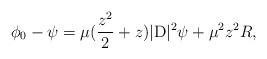
LaTeX: \begin{align*} \phi_0 - \psi = \mu (\frac{z^2}{2} + z) |\mathrm{D}|^2\psi + \mu^2z^2R, \end{align*}